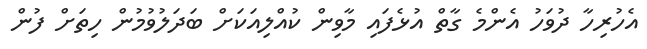
އެހުރިހާ ދުވަހު އެންމެ ގާތް އުޅެފައި މާވިން ކުއްލިއަކަށް ބަދަލުވުމުން ހިތަށް ފުން